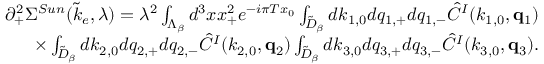
\begin{array} { r l r } & { } & { \partial _ { + } ^ { 2 } \Sigma ^ { S u n } ( \tilde { k } _ { e } , \lambda ) = \lambda ^ { 2 } \int _ { \Lambda _ { \beta } } d ^ { 3 } x x _ { + } ^ { 2 } e ^ { - i \pi T x _ { 0 } } \int _ { \tilde { \cal D } _ { \beta } } d k _ { 1 , 0 } d q _ { 1 , + } d q _ { 1 , - } \hat { C } ^ { I } ( k _ { 1 , 0 } , { \bf q } _ { 1 } ) } \\ & { } & { \times \int _ { \tilde { \cal D } _ { \beta } } d k _ { 2 , 0 } d q _ { 2 , + } d q _ { 2 , - } \hat { C } ^ { I } ( k _ { 2 , 0 } , { \bf q } _ { 2 } ) \int _ { \tilde { \cal D } _ { \beta } } d k _ { 3 , 0 } d q _ { 3 , + } d q _ { 3 , - } \hat { C } ^ { I } ( k _ { 3 , 0 } , { \bf q } _ { 3 } ) . } \end{array}